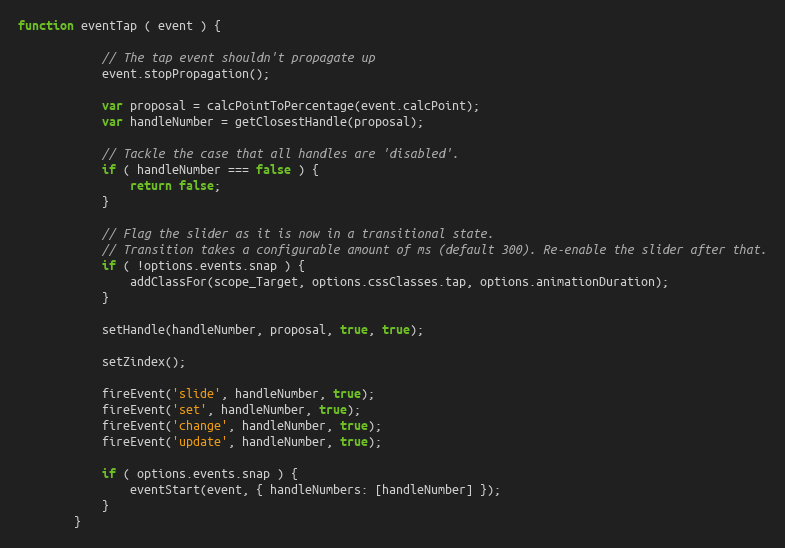
Language: JavaScript
function eventTap ( event ) {

            // The tap event shouldn't propagate up
            event.stopPropagation();

            var proposal = calcPointToPercentage(event.calcPoint);
            var handleNumber = getClosestHandle(proposal);

            // Tackle the case that all handles are 'disabled'.
            if ( handleNumber === false ) {
                return false;
            }

            // Flag the slider as it is now in a transitional state.
            // Transition takes a configurable amount of ms (default 300). Re-enable the slider after that.
            if ( !options.events.snap ) {
                addClassFor(scope_Target, options.cssClasses.tap, options.animationDuration);
            }

            setHandle(handleNumber, proposal, true, true);

            setZindex();

            fireEvent('slide', handleNumber, true);
            fireEvent('set', handleNumber, true);
            fireEvent('change', handleNumber, true);
            fireEvent('update', handleNumber, true);

            if ( options.events.snap ) {
                eventStart(event, { handleNumbers: [handleNumber] });
            }
        }